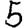
Digit: 5